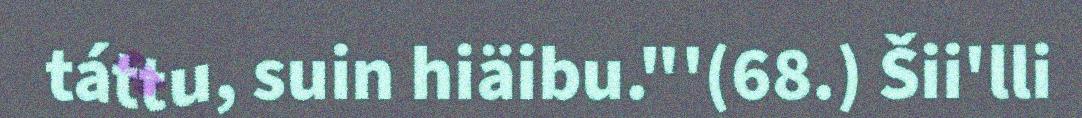
táttu, suin hiäibu."'(68.) Šii'lli